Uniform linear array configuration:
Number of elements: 24
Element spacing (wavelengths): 0.75
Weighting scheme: cosine
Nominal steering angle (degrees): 30
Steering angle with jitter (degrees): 28.784
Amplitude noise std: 0.05
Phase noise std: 0.05

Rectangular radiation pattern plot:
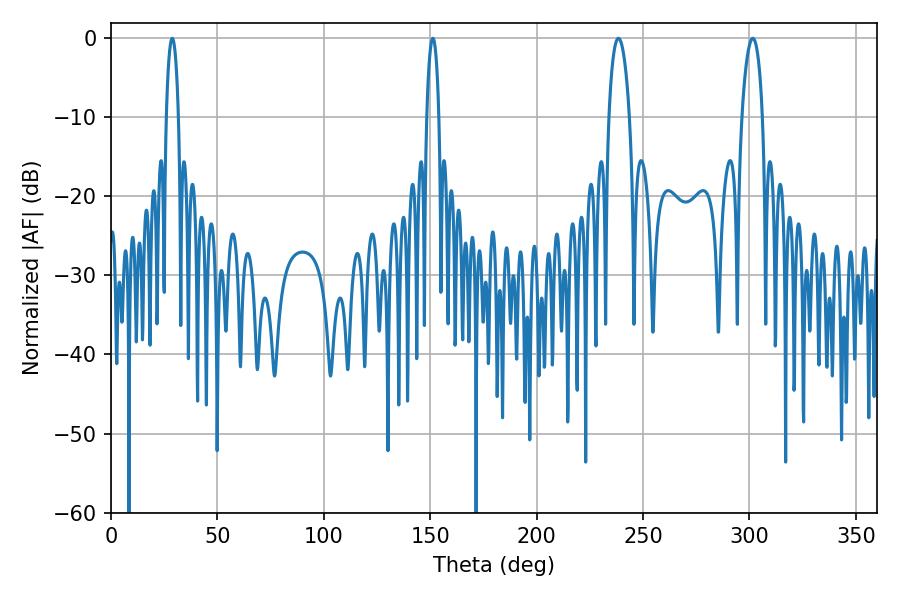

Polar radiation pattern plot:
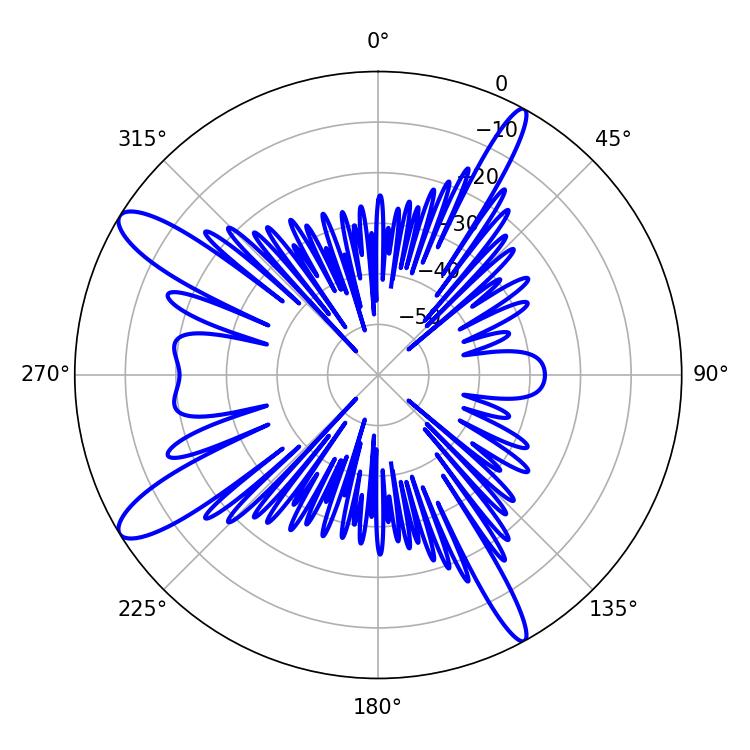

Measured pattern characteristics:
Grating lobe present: TRUE
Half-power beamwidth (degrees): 3.24
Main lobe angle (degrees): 28.8